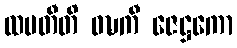
ထပတီတိ ဝဍ္ဎကီ ဇေဋ္ဌကော